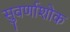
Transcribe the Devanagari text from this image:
सुवर्णाशोक